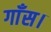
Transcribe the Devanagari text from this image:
गाँस।